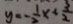
y = - \frac { 1 } { 2 } x + \frac { 3 } { 2 }